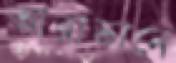
আরাভানে